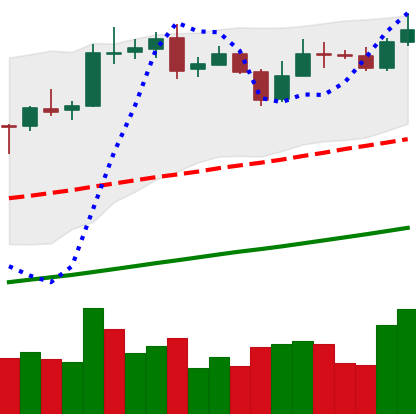
Ticker: BNB-USD
Chart end date: 2020-10-27
Forward return: -10.042%
Label: down_7plus